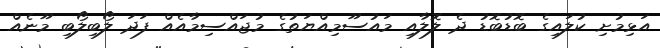
އަޅިމުށި ކުލައިގެ ބޮޑުބޮޑު ދެ ލޮލާއި މައުސޫމިއްޔަތުގެ މުޖައްސިމާއެއް ފަދަ ލޯބިލޯބި މޫނެއް